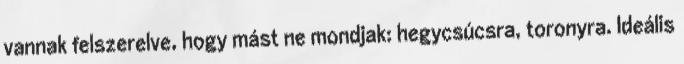
vannak felszerelve, hogy mást ne mondjak: hegycsúcsra, toronyra. Ideális